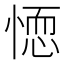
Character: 𭝼